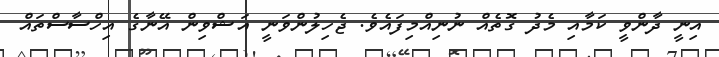
އިނީ ދާންވީ ކަމާއި މެދު ގޮތެއް ނުނިއްމިފައެވެ. ޖެހިލުންވަނީ އަޝްވިން އޭނާގެ އިހްސާސްތައް